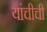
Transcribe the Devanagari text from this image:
यांचीची